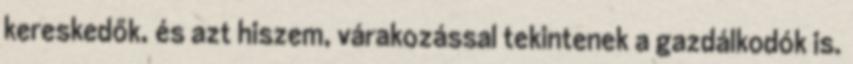
kereskedők, és azt hiszem, várakozással tekintenek a gazdálkodók is.